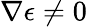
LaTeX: \nabla\epsilon\neq 0